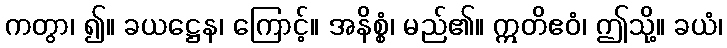
ကတွာ၊ ၍။ ခယဋ္ဌေန၊ ကြောင့်။ အနိစ္စံ၊ မည်၏။ ဣတိဧဝံ၊ ဤသို့။ ခယံ၊